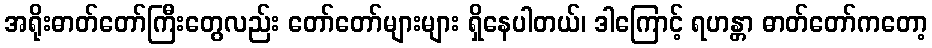
အရိုးဓာတ်တော်ကြီးတွေလည်း တော်တော်များများ ရှိနေပါတယ်၊ ဒါကြောင့် ရဟန္တာ ဓာတ်တော်ကတော့